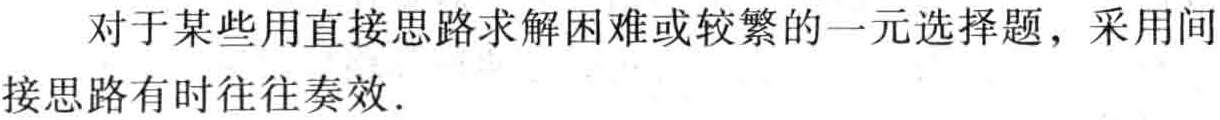
对于某些用直接思路求解困难或较繁的一元选择题，采用间接思路有时往往奏效．